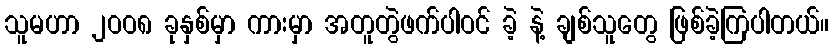
သူမဟာ ၂ဝဝ၈ ခုနှစ်မှာ ကားမှာ အတူတွဲဖက်ပါဝင် ခဲ့ နဲ့ ချစ်သူတွေ ဖြစ်ခဲ့ကြပါတယ်။